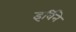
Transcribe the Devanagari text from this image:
इर्विने